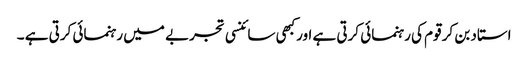
استاد بن کر قوم کی رہنمائی کرتی ہے اورکبھی سائنسی تجربے میں رہنمائی کرتی ہے ۔